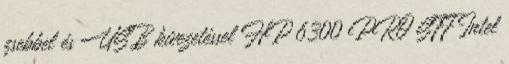
zsebbel és USB kivezetéssel HP 6300 PRO SFF Intel